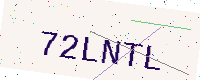
Text: 72LNTL